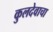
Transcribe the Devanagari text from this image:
कुलदेवाचा